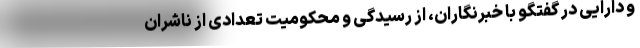
و دارایی در گفتگو با خبرنگاران، از رسیدگی و محکومیت تعدادی از ناشران